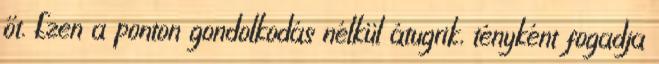
őt. Ezen a ponton gondolkodás nélkül átugrik, tényként fogadja